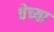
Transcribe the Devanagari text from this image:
वेच्या